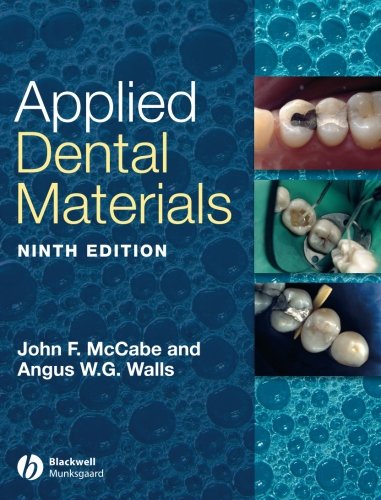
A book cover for Applied Dental Materials; Medical Books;